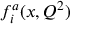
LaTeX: f _ { i } ^ { a } ( x , Q ^ { 2 } )